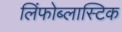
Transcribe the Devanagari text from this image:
लिंफोब्लास्टिक